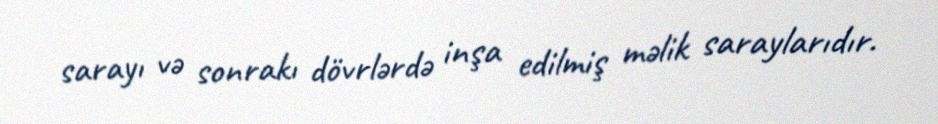
sarayı və sonrakı dövrlərdə inşa edilmiş məlik saraylarıdır.